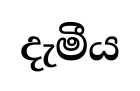
දැමීය